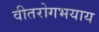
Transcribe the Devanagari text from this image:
वीतरोगभयाय